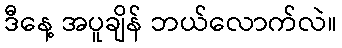
ဒီနေ့ အပူချိန် ဘယ်လောက်လဲ။